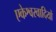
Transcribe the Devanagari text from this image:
एकेश्वरवादियों